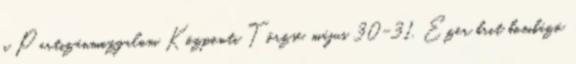
a Partizánmozgalom Központi Törzse. május 30-31. Ezer brit bombázó